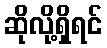
ဆိုလို့ရှိရင်